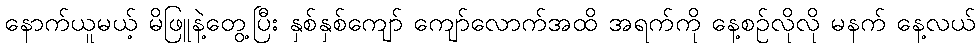
နောက်ယူမယ့် မိဖြူနဲ့တွေ့ပြီး နှစ်နှစ်ကျော် ကျော်လောက်အထိ အရက်ကို နေ့စဉ်လိုလို မနက် နေ့လယ်